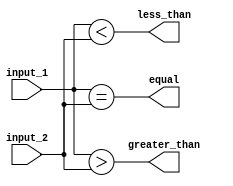
module comparator_4bit (
    input [3:0] input_1,
    input [3:0] input_2,
    output equal,
    output greater_than,
    output less_than
);

assign equal = (input_1 == input_2);
assign greater_than = (input_1 > input_2);
assign less_than = (input_1 < input_2);

endmodule